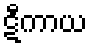
ဋီကာယ